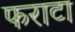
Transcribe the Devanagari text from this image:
फराटा